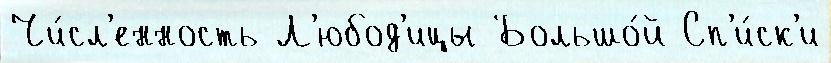
Чи́сл'енность Л'юбод'ицы Большо́й Сп'и́ск'и